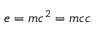
e = m c ^ { 2 } = m c c